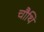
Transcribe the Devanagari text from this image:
चौथि